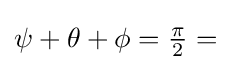
\psi +\theta +\phi ={\tfrac {\pi }{2}}=